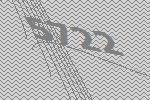
5722